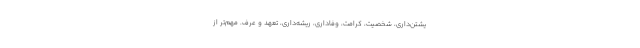
یشتن‌داری، شخصیت، کرامت، وفاداری، ریشه‌داری، تعهد و عرف. مهم‌تر از